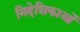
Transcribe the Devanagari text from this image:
निदेशिकाओं